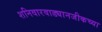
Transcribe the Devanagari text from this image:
शनिवारवाड्यानजीकच्या